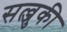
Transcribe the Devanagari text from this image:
सल्जुकी